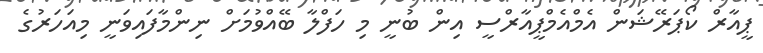
ޕީއާރް ކޯޕަރޭޝަން އެމްއެމްޕީއާރްސީ އިން ބުނީ މި ހަފްލާ ބޭއްވުމަށް ނިންމާފައިވަނީ މިއަހަރުގެ